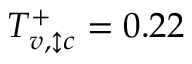
T _ { v , \updownarrow c } ^ { + } = 0 . 2 2